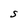
Character: S